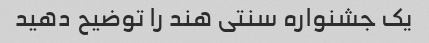
یک جشنواره سنتی هند را توضیح دهید